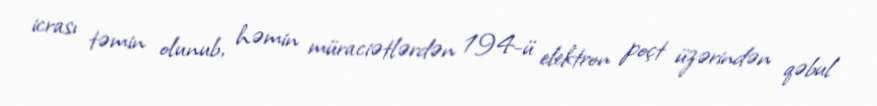
icrası təmin olunub, həmin müraciətlərdən 194-ü elektron poçt üzərindən qəbul